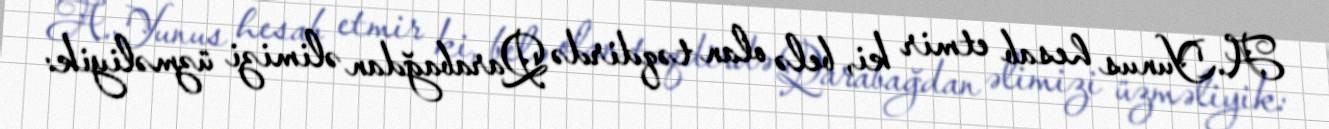
A.Yunus hesab etmir ki, belə olan təqdirdə Qarabağdan əlimizi üzməliyik: